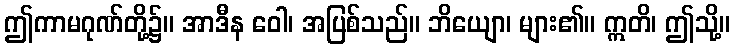
ဤကာမဂုဏ်တို့၌။ အာဒီန ဝေါ၊ အပြစ်သည်။ ဘိယျော၊ များ၏။ ဣတိ၊ ဤသို့။